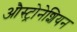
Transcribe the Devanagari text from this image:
औस्ट्रोनेशियन